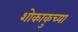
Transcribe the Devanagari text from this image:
शोकाकुच्या